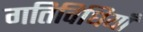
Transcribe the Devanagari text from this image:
गतिविधियॉं